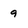
Character: 9